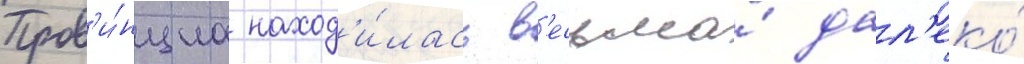
Пров'и́нциа наход'и́лась в'есьма́ дал'еко́